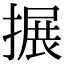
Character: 搌